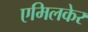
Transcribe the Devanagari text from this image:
एमिलकेर